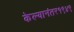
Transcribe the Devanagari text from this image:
केल्यानंतर१९४९